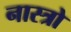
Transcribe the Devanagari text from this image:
नास्त्रो